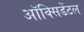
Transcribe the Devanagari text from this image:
ऑक्‍सिडेंटल